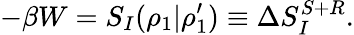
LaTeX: -\beta W=S_{I}(\rho_{1}|\rho_{1}^{\prime})\equiv\Delta S_{I}^{S+R}.